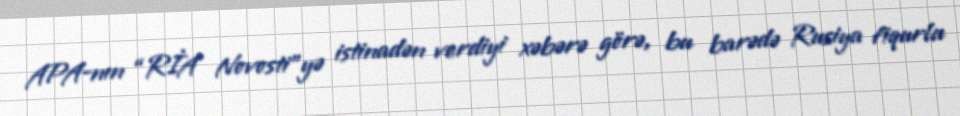
APA-nın “RİA Novosti”yə istinadən verdiyi xəbərə görə, bu barədə Rusiya fiqurlu